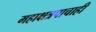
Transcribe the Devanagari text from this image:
महाक्षत्रपाचाही